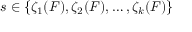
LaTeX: s \in \{ \zeta _ { 1 } ( F ) , \zeta _ { 2 } ( F ) , \ldots , \zeta _ { k } ( F ) \}